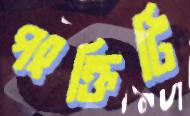
পংক্তিটি